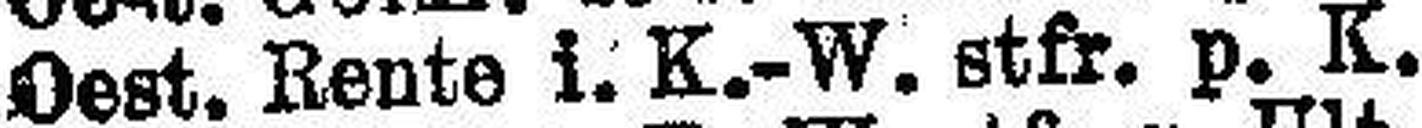
Oest. Rente 1. K.-W. stfr. p. K. 4